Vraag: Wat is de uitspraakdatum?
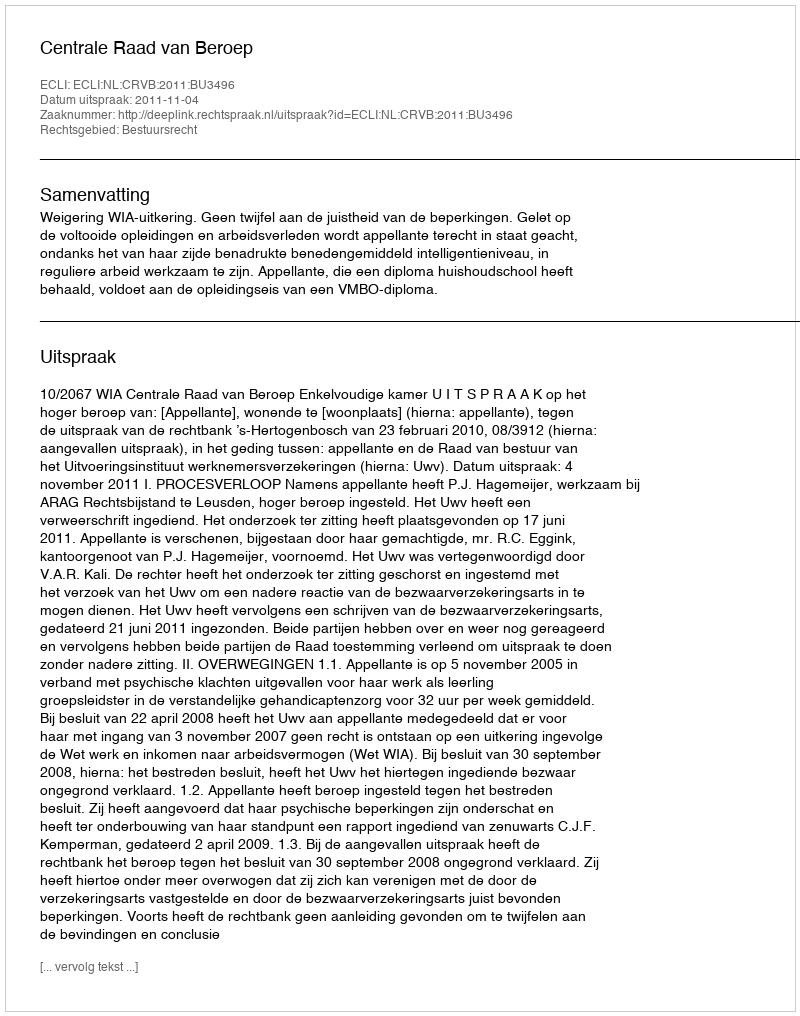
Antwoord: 2011-11-04